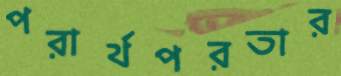
পরার্থপরতার